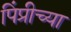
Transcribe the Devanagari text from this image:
पिंप्रीच्या